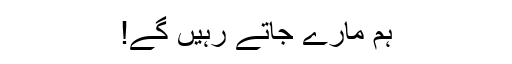
ہم مارے جاتے رہیں گے!